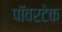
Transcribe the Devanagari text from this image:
पॉवरटेक